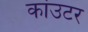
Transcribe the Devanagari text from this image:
कांउटर